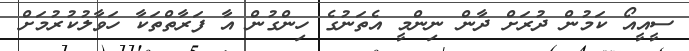
ސީއީއޯ ކަމުން ދުރަށް ދާން ނިންމީ އެތަނުގެ ހިންގުން އާ ފަރާތްތަކާ ހަވާލުކުރުމަށް